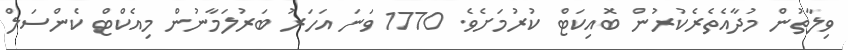
ވިލާތުން މުދާއެތެރެކުރުން ބޮއިކަޓް ކުރުމަށެވެ. 1770 ވަނަ އަހަރު ބަރުލަމާނުން މިއެކްޓް ކެންސަލް